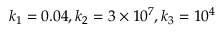
k _ { 1 } = 0 . 0 4 , k _ { 2 } = 3 \times 1 0 ^ { 7 } , k _ { 3 } = 1 0 ^ { 4 }